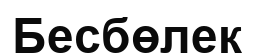
Бесбөлек